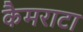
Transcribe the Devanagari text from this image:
कैमराटा